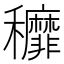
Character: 𮃷